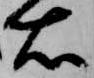
右